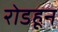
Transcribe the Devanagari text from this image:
रोडहून